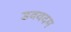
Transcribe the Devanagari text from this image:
डववदम